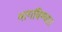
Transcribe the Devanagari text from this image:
भागविण्यात